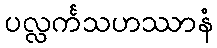
ပလ္လင်္ကသဟဿာနံ